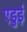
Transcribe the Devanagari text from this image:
एडुई